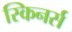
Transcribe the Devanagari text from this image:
स्किनर्स